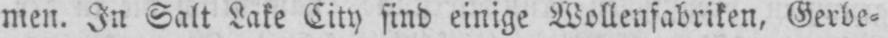
men. In Salt Lake City sind einige Wollenfabriken, Gerbe⸗